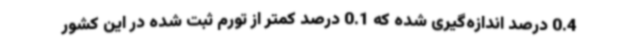
0.4 درصد اندازه‌گیری شده که 0.1 درصد کمتر از تورم ثبت شده در این کشور